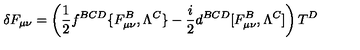
\delta F _ { \mu \nu } = \left( { \frac { 1 } { 2 } } f ^ { B C D } \{ F _ { \mu \nu } ^ { B } , \Lambda ^ { C } \} - { \frac { i } { 2 } } d ^ { B C D } [ F _ { \mu \nu } ^ { B } , \Lambda ^ { C } ] \right) T ^ { D }